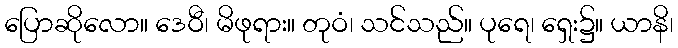
ပြောဆိုလော။ ဒေဝီ၊ မိဖုရား။ တုဝံ၊ သင်သည်။ ပုရေ၊ ရှေး၌။ ယာနိ၊